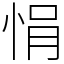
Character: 悁